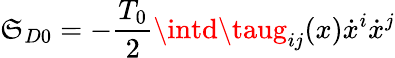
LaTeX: \mathfrak{S}_{D0}=-\frac{{T_{0}}}{{2}}\intd\taug_{ij}(x)\dot{{x}}^{i}\dot{{x}}^{j}